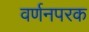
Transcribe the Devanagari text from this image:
वर्णनपरक